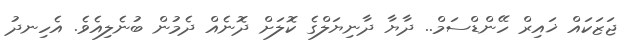
ޖަޒަކައް ޚައިރް ހޭންޑްސަމް.. ދާޔާ ދާނިޔަލްގެ ކޮލަށް ދޮނެއް ދެމުން ބުނެލިއެވެ. އެހިނދު